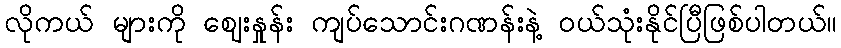
လိုကယ် များကို ဈေးနှုန်း ကျပ်သောင်းဂဏန်းနဲ့ ဝယ်သုံးနိုင်ပြီဖြစ်ပါတယ်။